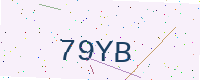
Text: 79YB